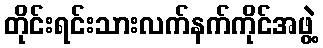
တိုင်းရင်းသားလက်နက်ကိုင်အဖွဲ့